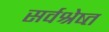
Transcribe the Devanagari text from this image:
सर्वश्रेष्त